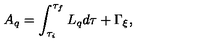
A _ { q } = \int _ { \tau _ { i } } ^ { \tau _ { f } } L _ { q } d \tau + \Gamma _ { \xi } ,